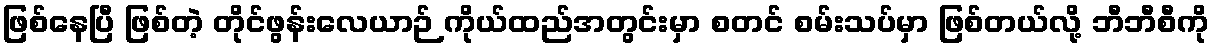
ဖြစ်နေပြီ ဖြစ်တဲ့ တိုင်ဖွန်းလေယာဉ် ကိုယ်ထည်အတွင်းမှာ စတင် စမ်းသပ်မှာ ဖြစ်တယ်လို့ ဘီဘီစီကို